Report of an investigation into the causes of the diseases known in Assam as Kála-Azár and Beri-Beri
Disease focus: Beri-Beri
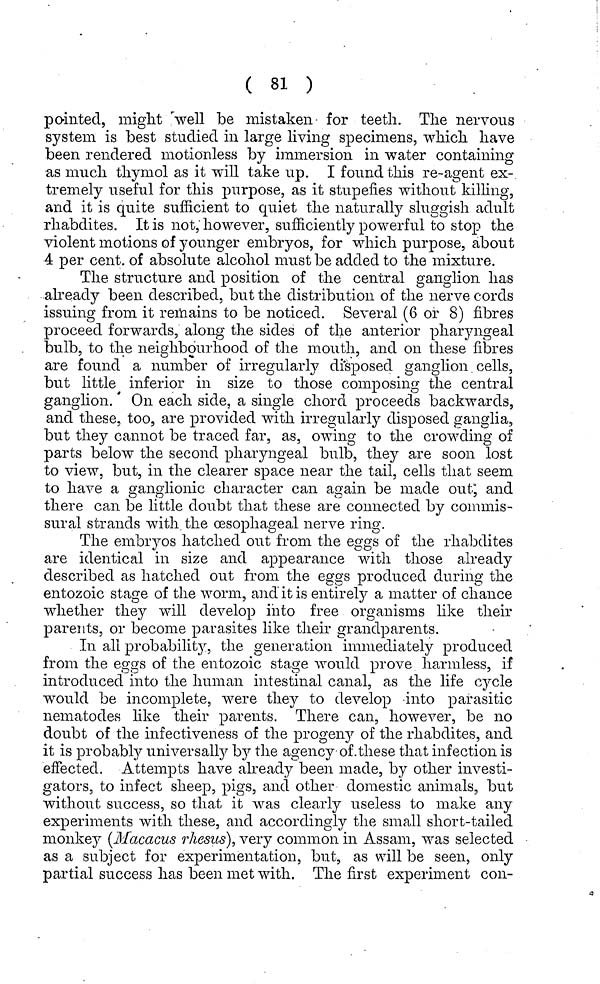
( 81 )
pointed, might well be mistaken for teeth. The nervous
system is best studied in large living specimens, which have
been rendered motionless by immersion in water containing
as much thymol as it will take up. I found this re-agent ex-
tremely useful for this purpose, as it stupefies without killing,
and it is quite sufficient to quiet the naturally sluggish adult
rhabdites. It is not, however, sufficiently powerful to stop the
violent motions of younger embryos, for which purpose, about
4 per cent, of absolute alcohol must be added to the mixture.
The structure and position of the central ganglion has
• already been described, but the distribution of the nerve cords
issuing from it remains to be noticed. Several (6 or 8) fibres
proceed forwards, along the sides of the anterior pharyngeal
bulb, to the neighbourhood of the mouth, and on these fibres
are found a number of irregularly disposed ganglion cells,
but little inferior in size to those composing the central
ganglion. On each side, a single chord proceeds backwards,
and these, too, are provided with irregularly disposed ganglia,
but they cannot be traced far, as, owing to the crowding of
parts below the second pharyngeal bulb, they are soon lost
to view, but, in the clearer space near the tail, cells that seern
to have a ganglionic character can again be made out, and
there can be little doubt that these are connected by coinmis-
sural strands with the cesophageal nerve ring.
The embryos hatched out from the eggs of the rhabdites
are identical in size and appearance with those already
described as hatched out from the eggs produced during the
entozoic stage of the worm, and it is entirely a matter of chance
whether they will develop into free organisms like their
parents, or become parasites like their grandparents.
In all probability, the generation immediately produced
from the eggs of the entozoic stage would prove harmless, if
introduced into the human intestinal canal, as the life cycle
would be incomplete, were they to develop into parasitic
nematodes like their parents. There can, however, be no
doubt of the infectiveness of the progeny of the rhabdites, and
it is probably universally by the agency of .these that infection is
effected. Attempts have already been made, by other investi-
gators, to infect sheep, pigs, and other domestic animals, but
without success, so that it was clearly useless to make any
experiments with these, and accordingly the small short-tailed
monkey (Macacus rhesus]., very common in Assam, was selected
as a subject for experimentation, but, as will be seen, only
partial success has been met with. The first experiment con-